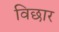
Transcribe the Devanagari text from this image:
विछार